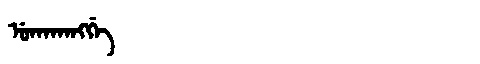
Manchu: ᡠᡴᠠᡴᠠᠩᡤᡝ
Romanization: UKAKANGGE